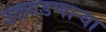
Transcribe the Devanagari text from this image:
उलगडणाऱ्या